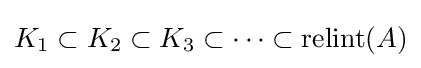
K_{1}\subset K_{2}\subset K_{3}\subset \cdots \subset \mathrm {relint} (A)